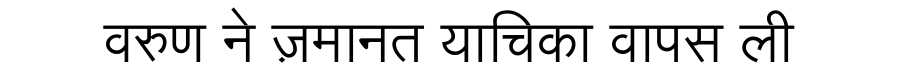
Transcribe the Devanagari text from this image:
वरुण ने ज़मानत याचिका वापस ली